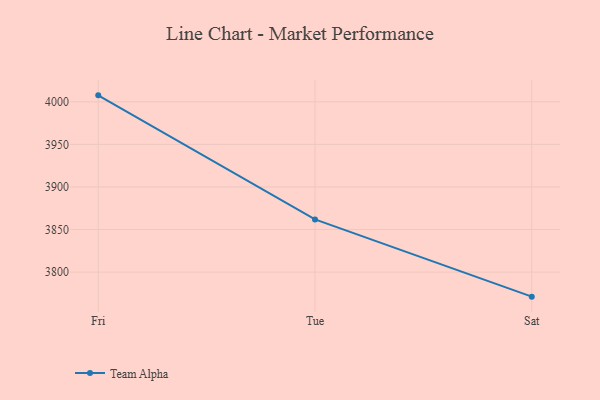
{"axis": {"x": "Day", "y": "Population (Million)"}, "legend": ["Team Alpha"], "data": [{"x": "Fri", "y": 4007.6, "type": "Team Alpha"}, {"x": "Tue", "y": 3861.9, "type": "Team Alpha"}, {"x": "Sat", "y": 3771.2, "type": "Team Alpha"}]}